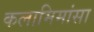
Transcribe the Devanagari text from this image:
कलामिमांसा